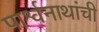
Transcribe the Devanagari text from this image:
पार्श्वनाथांची